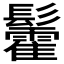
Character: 𮫓